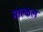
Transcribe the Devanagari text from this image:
माल्कल